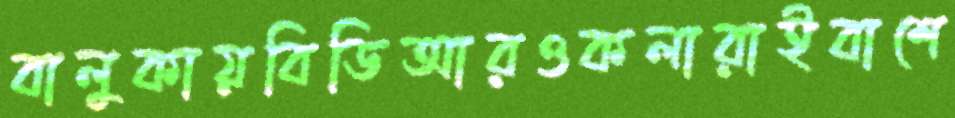
বালুকায়বিডিআরওকলারাইবাশে